Medical and sanitary report of the native army of Madras for the year
Year: 1878
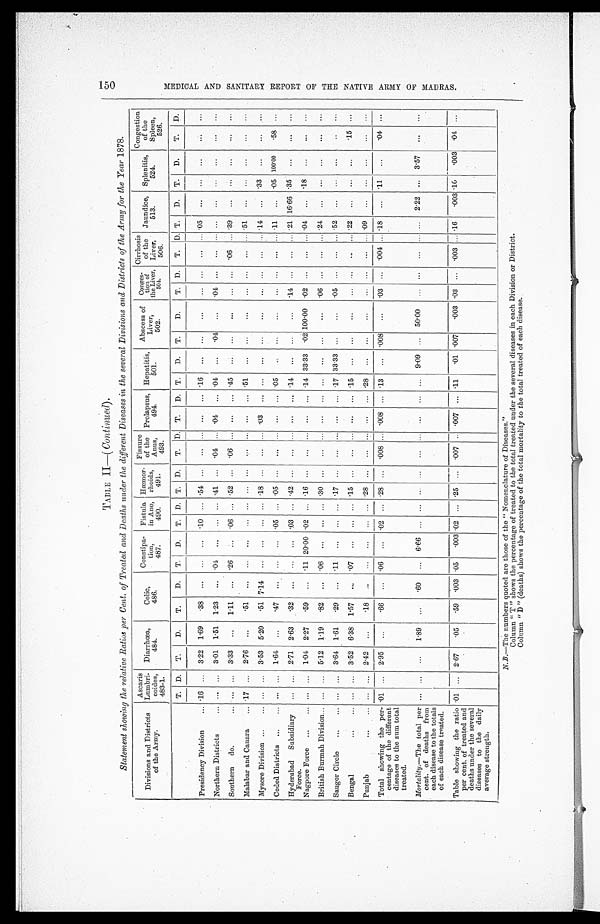
TABLE II—( Continued ).
Statement showing the relative Ratios per Cent. of Treated and Deaths under the different Diseases in the several Divisions and Districts of the Army for the Year 1878.
Divisions and Districts
of the Army.
Ascaris
coides,
483-1.
Diarrhœa
484.
Colic,
486.
Contipa-
t i o n ,
4 8 7 .
Fistula
in Ano,
490.
Hæmor-
rhoids,
491.
Fissure
of the
Anus,
493.
Prolapsus,
494.
Hepatitis,
501
Abscess of
Liver,
502.
C o n g e s -
of
the Liver,
5 0 4 .
Cirrhosis
of the
Liver,
506.
Jaundice,
513.
Splenitis,
524.
Congestion
of the
Spleen,
526.
T. D.
T.
D.
T.
D.
T.
D.
T. D. T. D.
T. D. T.
D. T.
D.
T.
D.
T. D.
T. D. T.
D.
T.
D.
T. D.
Presidency Division . . .
.16
. . . 3.22 1.69
.38
. . .
. . .
. . . .10
. . . .54
. . .
. . .
. . . . . .
. . .
.16
. . .
. . .
. . .
. . .
. . .
. . . . . .
. 0 5
. . . . . .
. . . . . .
. . .
Northern Districts . . . . . .
. . . 3.01 1.51 1.23
. . .
. 0 4
. . .
. . . . . . .41
. . .
.04
. . . .04 . . . .04
. . .
. 04
. . . .04 . . .
. . . . . . . . .
. . .
. . .
. . .
. . .
. . .
Southern do. . . . . . .
. . . 3.33
. . .
1.11
. . . .26
. . . .06
. . . .52
. . .
.06
. . .
. . .
. . . .45
. . . . . .
. . .
. . .
. . .
.06 . . .
. 3 9 . . . . . .
. . . . . .
. . .
Malabar and Canara . . . .17
. . . 2.76
. . .
.51
. . .
. . .
. . .
. . .
. . . . . .
. . . . . .
. . . . . . . . .
. 5 1
. . . . . .
. . .
. . . . . .
. . . . . .
. 5 1 . . . . . .
. . . . . .
. . .
Mysore Division . . . . . .
. . . 3.53 5.20 .51 7.14
. . .
. . .
. . .
. . . .18
. . .
. . .
. . . .03 . . .
. . .
. . .
. . .
. . .
. . . . . .
. . . . . . .14
. . . .33
. . .
. . .
. . .
Ceded Districts . . . . . .
. . . 1.64
. . .
.47
. . .
. . .
. . . .05
. . . .05
. . .
. . .
. . . . . . . . . .05
. . . . . .
. . .
. . . . . .
. . . . . . . 1 1
. . . .05 100.00
. 5 8 . . .
Hyderabad Subsidiary
Force.
. . .
. . . 2.71 2.63
.32
. . .
. . .
. . . .03
. . . .42
. . .
. . .
. . . . . . . . . .14
. . .
. . .
. . . .14 . . .
. . . . . . .21 16.66 .35
. . .
. . .
. . .
Nagpore Force . . . . . .
. . . 1.04 2.27
.59
. . . .11 20.00 .02
. . . .16
. . .
. . .
. . . . . . . . .
. 1 4 33.33
. 02 100.00 .02 . . .
. . . . . . .04
. . . .18
. . .
. . .
. . .
British Burmah Division . . . . . .
. . . 5.12 1.19
.82
. . . .06
. . .
. . .
. . . .30
. . .
. . .
. . . . . . . . .
. . .
. . .
. . .
. . . .06 . . .
. . . . . . .24
. . .
. . .
. . .
. . .
. . .
Saugor Circle . . . . . .
. . . 3.64 1.61
.29
. . .
.11
. . .
. . .
. . . .17
. . .
. . .
. . . . . . . . . .17 33.33 . . .
. . . .05 . . .
. . . . . . .52
. . .
. . .
. . .
. . . . . .
Bengal . . . . . .
. . .
3 . 5 2
6.38
1 . 5 7
. . .
. 0 7 . . .
. . .
. . . .15
. . . . . .
. . .
. . .
. . .
. 1 5
. . . . . .
. . .
. . .
. . .
. . . . . .
. 2 2 . . . . . .
. . .
. 15 . . .
Punjab . . . . . .
. . . 2.42
. . .
.18
. . .
. . . . . .
. . .
. . . .28
. . . . . .
. . .
. . .
. . .
. 2 8
. . . . . .
. . .
. . .
. . .
. . . . . . .09
. . . . . .
. . . . . .
. . .
Total showing the per-
centage of the different
diseases to the sum total
treated.
.01
. . . 2.95
. . .
.66
. . . .06
. . . .02
. . . .28
. . .
.008 . . . .008 . . . .13
. . . .008
. . .
. 0 3 . . .
.004 . . . .18
. . . .11
. . .
. 04 . . .
Mortality.—The total per
cent. of deaths from
each disease to the totals
of each disease treated.
. . .
. . .
. . .
1.89
. . .
.60
. . . 6.66
. . .
. . .
. . .
. . .
. . .
. . . . . . . . .
. . .
9.09 . . . 50.00
. . . . . .
. . . . . . . . . 2.22
. . . 3.57
. . .
. . .
Table showing the ratio
per cent. of treated and
deaths under the several
diseases to the daily
average strength.
.01
. . . 2.67
.05 .59
. 0 0 3
.05
.003 .02
. . . .25
. . .
.007 . . . .007 . . . .11
.01 .007
. 0 0 3 .03 . . .
. 003 . . . .16
.003 .10
.003
. 04 . . .
N.B.—The numbers quoted are those of the "Nomenclature of Diseases."
Column " T " shows the percentage of treated to the total treated under the several diseases in each Division or District.
Column " D " (deaths) shows the percentage of the total mortality to the total treated of each disease.
150 M E D I C A L A N D S A N I T A R Y R E P O R T O F T H E N A T I V E A R M Y O F M A D R A S .